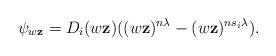
LaTeX: \begin{align*} \psi_{w\mathbf{z}} = D_i (w\mathbf{z}) ((w\mathbf{z})^{n \lambda} - (w\mathbf{z})^{n s_i \lambda}) . \end{align*}